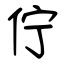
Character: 佇